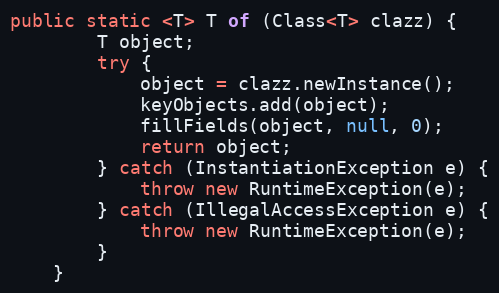
Language: Java
public static <T> T of (Class<T> clazz) {
		T object;
		try {
			object = clazz.newInstance();
			keyObjects.add(object);
			fillFields(object, null, 0);
			return object;
		} catch (InstantiationException e) {
			throw new RuntimeException(e);
		} catch (IllegalAccessException e) {
			throw new RuntimeException(e);
		}
	}